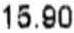
15.90